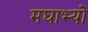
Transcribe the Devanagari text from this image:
मघाभ्यो